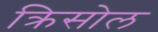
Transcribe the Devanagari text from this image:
क्रिसोल